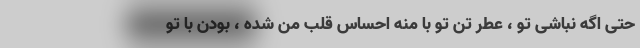
حتی اگه نباشی تو ، عطر تن تو با منه احساس قلب من شده ، بودن با تو